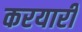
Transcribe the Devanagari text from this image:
करयारी